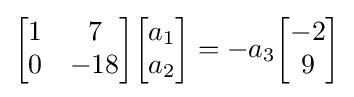
{\begin{bmatrix}1&7\\0&-18\end{bmatrix}}{\begin{bmatrix}a_{1}\\a_{2}\end{bmatrix}}=-a_{3}{\begin{bmatrix}-2\\9\end{bmatrix}}